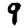
Digit: 9